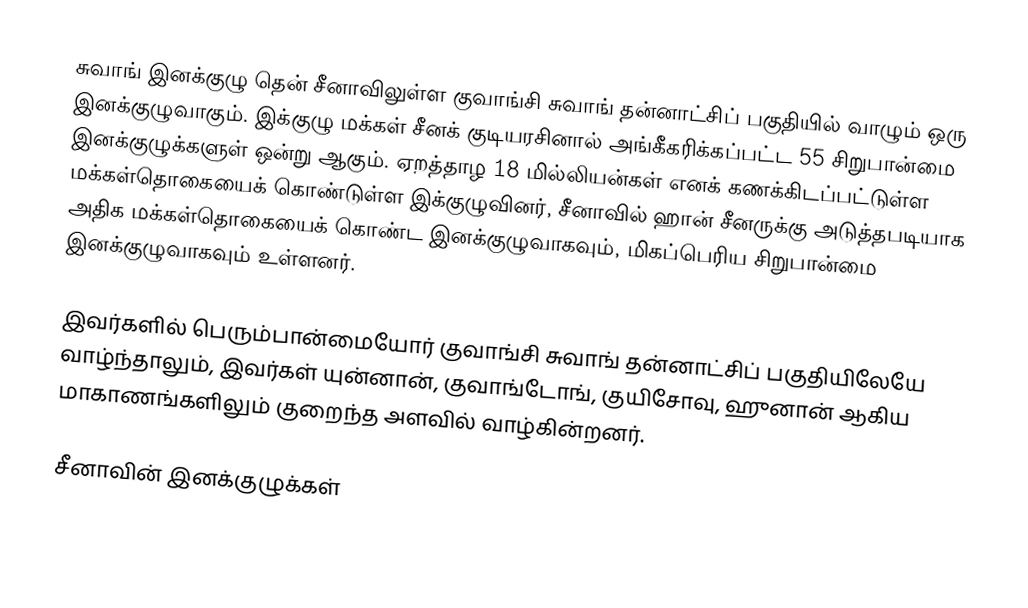
சுவாங் இனக்குழு தென் சீனாவிலுள்ள குவாங்சி சுவாங் தன்னாட்சிப் பகுதியில் வாழும் ஒரு இனக்குழுவாகும். இக்குழு மக்கள் சீனக் குடியரசினால் அங்கீகரிக்கப்பட்ட 55 சிறுபான்மை இனக்குழுக்களுள் ஒன்று ஆகும். ஏறத்தாழ 18 மில்லியன்கள் எனக் கணக்கிடப்பட்டுள்ள மக்கள்தொகையைக் கொண்டுள்ள இக்குழுவினர், சீனாவில் ஹான் சீனருக்கு அடுத்தபடியாக அதிக மக்கள்தொகையைக் கொண்ட இனக்குழுவாகவும், மிகப்பெரிய சிறுபான்மை இனக்குழுவாகவும் உள்ளனர்.

இவர்களில் பெரும்பான்மையோர் குவாங்சி சுவாங் தன்னாட்சிப் பகுதியிலேயே வாழ்ந்தாலும், இவர்கள் யுன்னான், குவாங்டோங், குயிசோவு, ஹுனான் ஆகிய மாகாணங்களிலும் குறைந்த அளவில் வாழ்கின்றனர்.

சீனாவின் இனக்குழுக்கள்